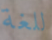
للغة